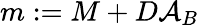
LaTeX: m:={M}+D{\mathcal{A}}_{B}